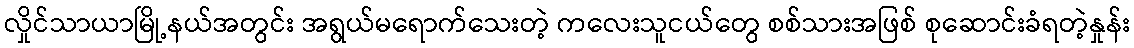
လှိုင်သာယာမြို့နယ်အတွင်း အရွယ်မရောက်သေးတဲ့ ကလေးသူငယ်တွေ စစ်သားအဖြစ် စုဆောင်းခံရတဲ့နှုန်း